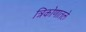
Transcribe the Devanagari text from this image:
त्रिकोणातले